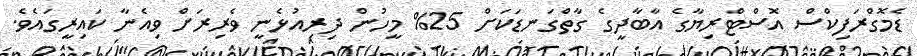
ޑެމޮގްރަފިކްސް އޮސްޓްރިޔާގެ އާބާދީގެ ގާތްގަނޑަކަށް 25% މީހުން ދިރިއުޅެނީ ވެރިރަށް ވިއެނާ ކައިރީގައެވެ.